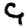
Digit: 9